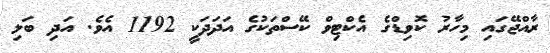
ރާއްޖޭގައި މިހާރު ކޮވިޑްގެ އެކްޓިވް ކޭސްތަކުގެ އަދަދަކީ 1192 އެވެ. އަދި ބަލި